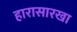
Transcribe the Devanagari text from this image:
हारासारखा